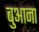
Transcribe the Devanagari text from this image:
बुआना